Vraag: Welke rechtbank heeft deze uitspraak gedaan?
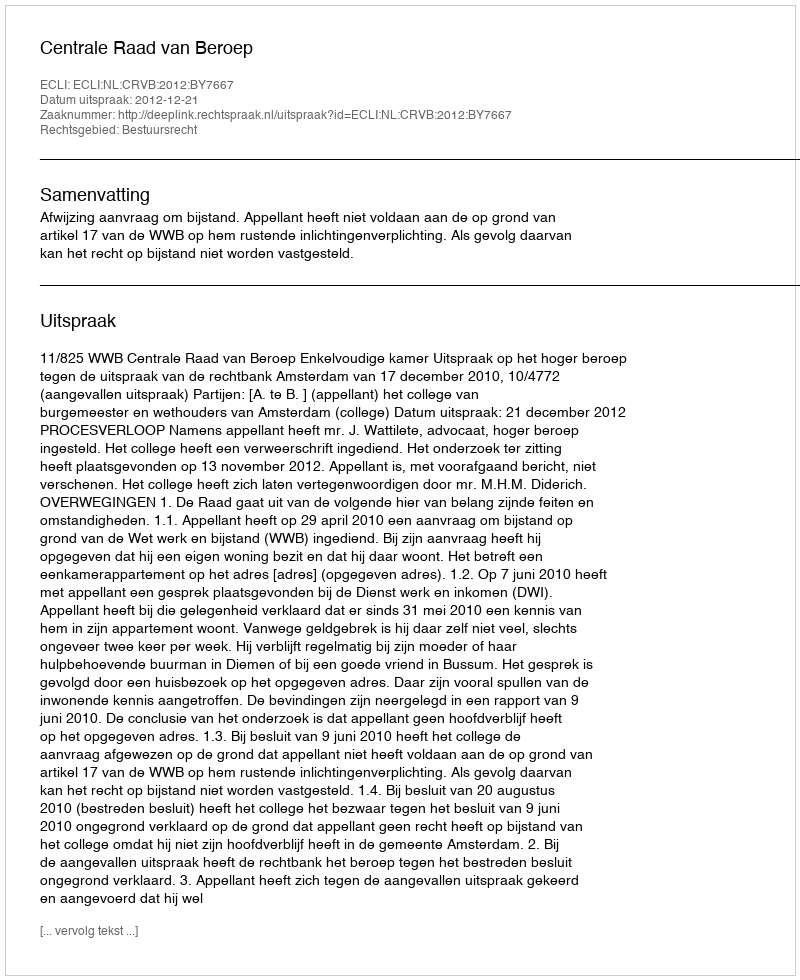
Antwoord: Centrale Raad van Beroep